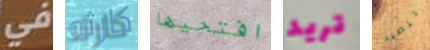
في كارثه افتحيها تريد للصيد